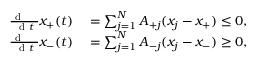
\begin{array} { r l } { \frac { \mathrm { ~ d ~ \, ~ \, ~ } } { \mathrm { ~ d ~ } t } x _ { + } ( t ) } & { { } = \sum _ { j = 1 } ^ { N } A _ { + j } ( x _ { j } - x _ { + } ) \leq 0 , } \\ { \frac { \mathrm { ~ d ~ \, ~ \, ~ } } { \mathrm { ~ d ~ } t } x _ { - } ( t ) } & { { } = \sum _ { j = 1 } ^ { N } A _ { - j } ( x _ { j } - x _ { - } ) \geq 0 , } \end{array}